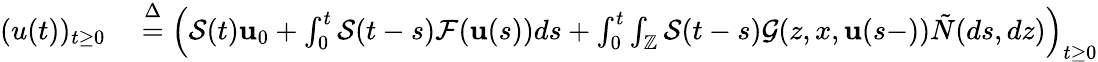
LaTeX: \begin{array}{rl}{(u(t))_{t\geq 0}}&{{}\overset{\Delta}{=}\left(\mathcal{S}(t)\textbf{u}_{0}+\int_{0}^{t}\mathcal{S}(t-s)\mathcal{F}(\textbf{u}(s))ds+\int_{0}^{t}\int_{\mathbb{Z}}\mathcal{S}(t-s)\mathcal{G}(z,x,\textbf{u}(s-))\tilde{N}(ds,dz)\right)_{t\geq 0}}\end{array}